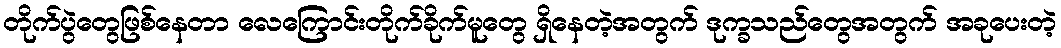
တိုက်ပွဲတွေဖြစ်နေတာ လေကြောင်းတိုက်ခိုက်မူတွေ ရှိနေတဲ့အတွက် ဒုက္ခသည်တွေအတွက် အခုပေးတဲ့